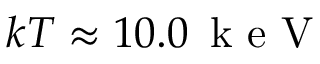
k T \approx 1 0 . 0 \, \mathrm { ~ k ~ e ~ V ~ }